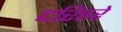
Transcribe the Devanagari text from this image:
दरिहरे